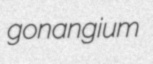
gonangium